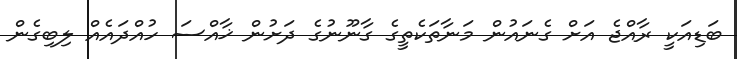
ބަޑިއަކީ ރާއްޖެ އަށް ގެނައުން މަނާތަކެތީގެ ގާނޫނުގެ ދަށުން ޚާއްސަ ހުއްދައެއް ލިބިގެން